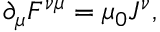
\partial _ { \mu } F ^ { \nu \mu } = \mu _ { 0 } J ^ { \nu } ,